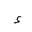
Letter: _hamza